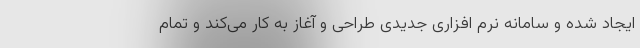
ایجاد شده و سامانه نرم افزاری جدیدی طراحی و آغاز به کار می‌کند و تمام